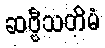
ဆဗ္ဗီသတိမံ